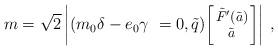
LaTeX: \begin{align*}m = \sqrt{2} \left| (m_0 \delta-e_0 \gamma~=0, \tilde{q}){\footnotesize \left[\!\!\begin{array}{c} \tilde{F}'(\tilde{a})\\ \tilde{a} \end{array} \!\!\right]} \right| \, ,\end{align*}